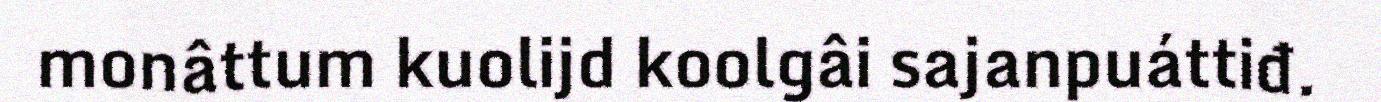
monâttum kuolijd koolgâi sajanpuáttiđ.